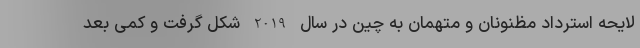
لایحه استرداد مظنونان و متهمان به چین در سال 2019 شکل گرفت و کمی بعد